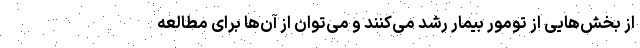
از بخش‌هایی از تومور بیمار رشد می‌کنند و می‌توان از آن‌ها برای مطالعه